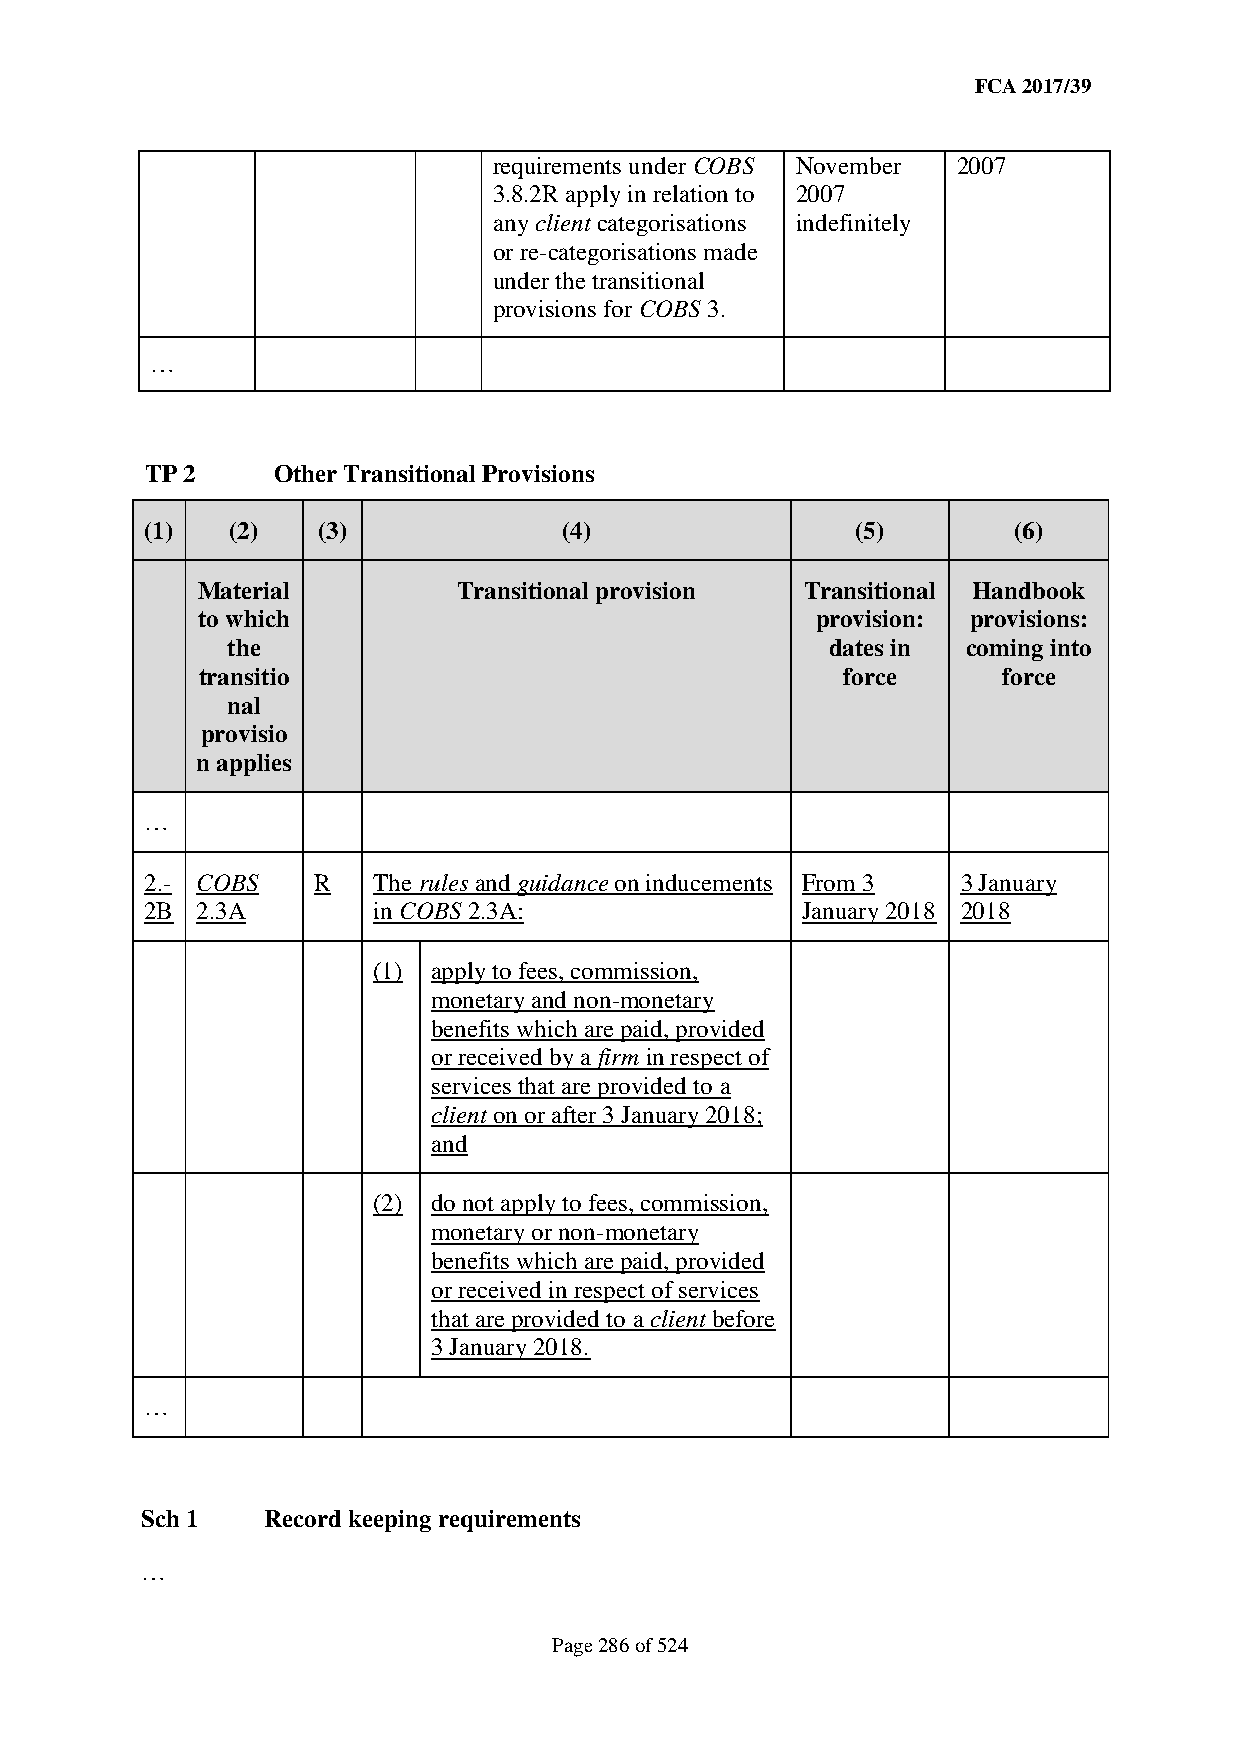
FCA 2017/39
 requirements under COBS November 2007
 3.8.2R apply in relation to 2007
 any client categorisations indefinitely
 or re-categorisations made
 under the transitional
 provisions for COBS 3.
 …
 TP 2    Other Transitional Provisions
 (1)  (2)   (3)             (4)                 (5)       (6)
 Material         Transitional provision Transitional Handbook
 to which                                 provision: provisions:
 the                                     dates in coming into
 transitio                                  force     force
 nal
 provisio
 n applies
 …
 2.- COBS   R   The rules and guidance on inducements From 3 3 January
 2B 2.3A        in COBS 2.3A:               January 2018 2018
 (1) apply to fees, commission,
 monetary and non-monetary
 benefits which are paid, provided
 or received by a firm in respect of
 services that are provided to a
 client on or after 3 January 2018;
 and
 (2) do not apply to fees, commission,
 monetary or non-monetary
 benefits which are paid, provided
 or received in respect of services
 that are provided to a client before
 3 January 2018.
 …
 Sch 1   Record keeping requirements
 …
 Page 286 of 524